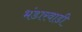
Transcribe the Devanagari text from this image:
भंडारवाडी